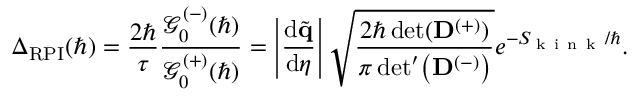
\Delta _ { \mathrm { R P I } } ( \hbar ) = \frac { 2 \hbar } { \tau } \frac { \mathcal { G } _ { 0 } ^ { ( - ) } ( \hbar ) } { \mathcal { G } _ { 0 } ^ { ( + ) } ( \hbar ) } = \left| \frac { \mathrm { d } \tilde { \mathbf { q } } } { \mathrm { d } \eta } \right| \sqrt { \frac { 2 \hbar \operatorname* { d e t } ( \mathbf { D } ^ { ( + ) } ) } { \pi \, \mathrm { d e t } ^ { \prime } \! \left( { \mathbf { D } ^ { ( - ) } } \right) } } e ^ { - S _ { \! \mathrm { ~ k ~ i ~ n ~ k ~ } } / \hbar } .